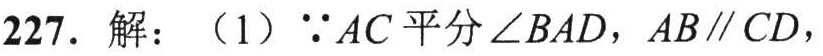
\(227.\) 解：（1）\(\because AC\) 平分\(\angle BAD\)，\(AB\parallel CD\)，